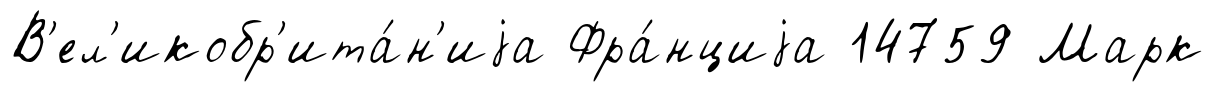
В'ел'икобр'ита́н'иjа Фра́нциjа 14759 Марк